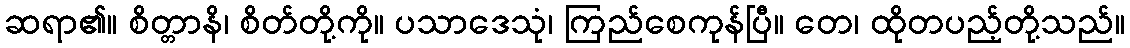
ဆရာ၏။ စိတ္တာနိ၊ စိတ်တို့ကို။ ပသာဒေသုံ၊ ကြည်စေကုန်ပြီ။ တေ၊ ထိုတပည့်တို့သည်။